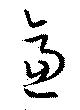
逼